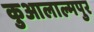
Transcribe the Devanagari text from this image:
कुआलाल्मपुर